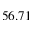
5 6 . 7 1